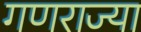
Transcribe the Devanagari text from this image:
गणराज्या